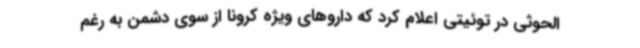
الحوثی در توئیتی اعلام کرد که داروهای ویژه کرونا از سوی دشمن به رغم